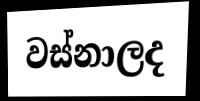
වස්නාලද